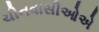
ચીનવાસીઓએ